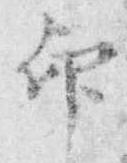
印